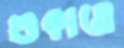
শুকাতে